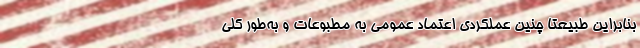
بنابراین طبیعتا چنین عملکردی اعتماد عمومی به مطبوعات و به‌طور کلی